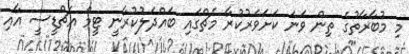
މި މުބާރާތުގެ ތިން ވަނަ ކަށަވަރުކުރާ މެޗްގައި ބައްދަލުކުރާނީ ޓީމް އެޗްޑީސީ އާއި